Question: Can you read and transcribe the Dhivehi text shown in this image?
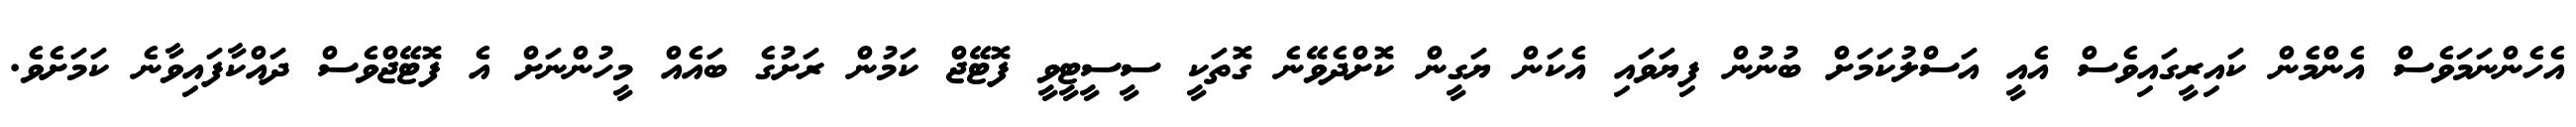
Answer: އެހެންނަމަވެސް އެންމެން ކައިރީގައިވެސް އެއީ އަސްލުކަމަށް ބުނުން ފިޔަވައި އެކަން ޔަގީން ކޮށްދެވޭނެ ގޮތަކީ ސީސީޓީވީ ފޮޓޭޖް ކަމުން ރަށުގެ ބައެއް މީހުންނަށް އެ ފޮޓޭޖްވެސް ދައްކާފައިވާނެ ކަމަށެވެ.